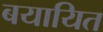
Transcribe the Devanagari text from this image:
बयायित